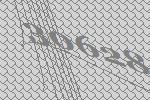
30628